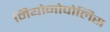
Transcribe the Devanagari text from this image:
नियोनोपोलिस